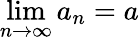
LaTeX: \operatorname*{lim}_{n\to\infty}a_{n}=a